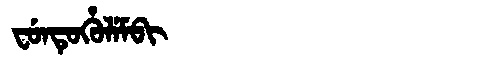
Manchu: ᠸᡠᠨᡨᡠᡥᡠᠯᡝᠮᠪᡳ
Romanization: FUNTUHULEMBI